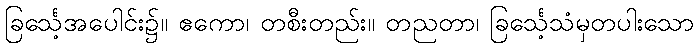
ခြင်္သေ့အပေါင်း၌။ ဧကော၊ တစီးတည်း။ တညတာ၊ ခြင်္သေ့သံမှတပါးသော